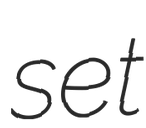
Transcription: set